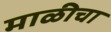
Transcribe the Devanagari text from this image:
माळीचा